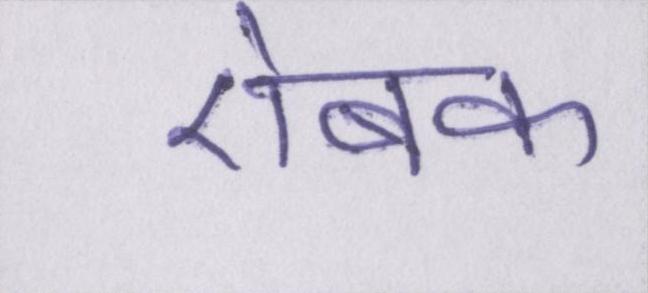
ऐबक